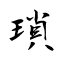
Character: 瑣